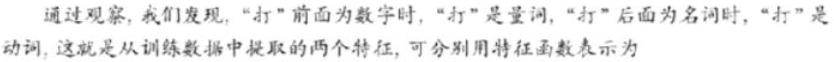
通过观察,我们发现,“打”前面为数字时,“打”是量词,“打”后面为名词时,“打”是动词,这就是从训练数据中提取的两个特征,可分别用特征函数表示为